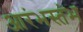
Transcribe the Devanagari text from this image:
आरंभस्तंभ